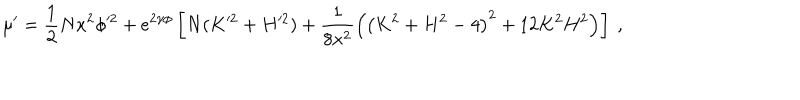
\mu ^ { \prime } = \frac { 1 } { 2 } N x ^ { 2 } \phi ^ { 2 } + e ^ { 2 \gamma \phi } \left[ N ( K ^ { 2 } + H ^ { 2 } ) + \frac { 1 } { 8 x ^ { 2 } } \left( \left( K ^ { 2 } + H ^ { 2 } - 4 \right) ^ { 2 } + 1 2 K ^ { 2 } H ^ { 2 } \right) \right] \ ,